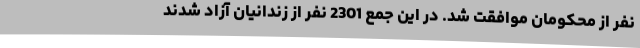
نفر از محکومان موافقت شد. در این جمع 2301 نفر از زندانیان آزاد شدند